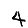
Digit: 4